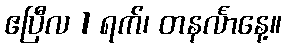
ဧပြီလ 1 ရက်၊ တနင်္လာနေ့။